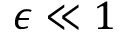
\epsilon \ll { 1 }